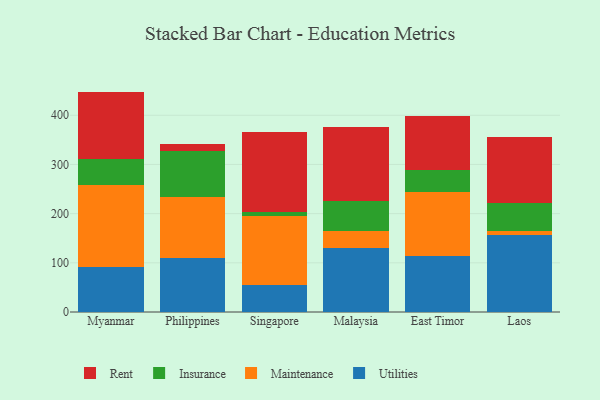
{"axis": {"x": "Country", "y": "Budget (USD K)"}, "legend": ["Insurance", "Maintenance", "Rent", "Utilities"], "data": [{"x": "Myanmar", "y": 92.3, "type": "Utilities"}, {"x": "Myanmar", "y": 166.7, "type": "Maintenance"}, {"x": "Myanmar", "y": 51.6, "type": "Insurance"}, {"x": "Myanmar", "y": 137.5, "type": "Rent"}, {"x": "Philippines", "y": 108.9, "type": "Utilities"}, {"x": "Philippines", "y": 124.8, "type": "Maintenance"}, {"x": "Philippines", "y": 93.9, "type": "Insurance"}, {"x": "Philippines", "y": 13.2, "type": "Rent"}, {"x": "Singapore", "y": 54.1, "type": "Utilities"}, {"x": "Singapore", "y": 140.7, "type": "Maintenance"}, {"x": "Singapore", "y": 9.2, "type": "Insurance"}, {"x": "Singapore", "y": 162.3, "type": "Rent"}, {"x": "Malaysia", "y": 129.6, "type": "Utilities"}, {"x": "Malaysia", "y": 34.9, "type": "Maintenance"}, {"x": "Malaysia", "y": 62.0, "type": "Insurance"}, {"x": "Malaysia", "y": 150.2, "type": "Rent"}, {"x": "East Timor", "y": 114.0, "type": "Utilities"}, {"x": "East Timor", "y": 130.5, "type": "Maintenance"}, {"x": "East Timor", "y": 44.8, "type": "Insurance"}, {"x": "East Timor", "y": 109.9, "type": "Rent"}, {"x": "Laos", "y": 156.7, "type": "Utilities"}, {"x": "Laos", "y": 9.0, "type": "Maintenance"}, {"x": "Laos", "y": 56.3, "type": "Insurance"}, {"x": "Laos", "y": 132.8, "type": "Rent"}]}